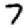
Digit: 7